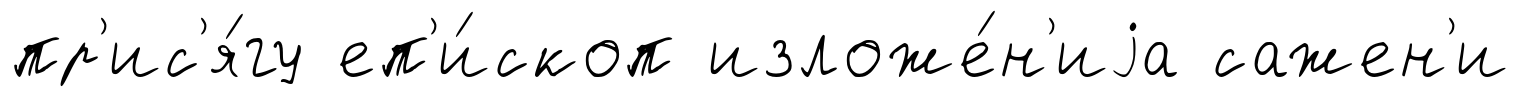
пр'ис'я́гу еп'и́скоп изложе́н'иjа сажен'и